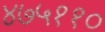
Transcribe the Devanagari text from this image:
४७५११०